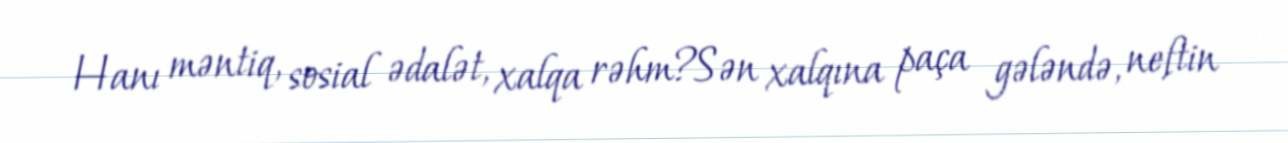
Hanı məntiq, sosial ədalət, xalqa rəhm?Sən xalqına paça gələndə, neftin